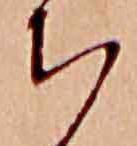
ち